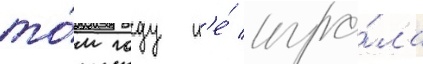
то́м году н'е́ игра́ла